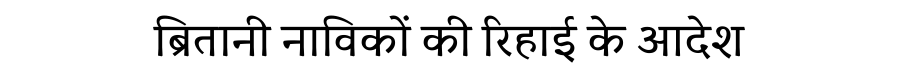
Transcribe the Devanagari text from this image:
ब्रितानी नाविकों की रिहाई के आदेश